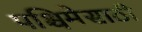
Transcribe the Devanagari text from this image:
पश्चिमेसाठी